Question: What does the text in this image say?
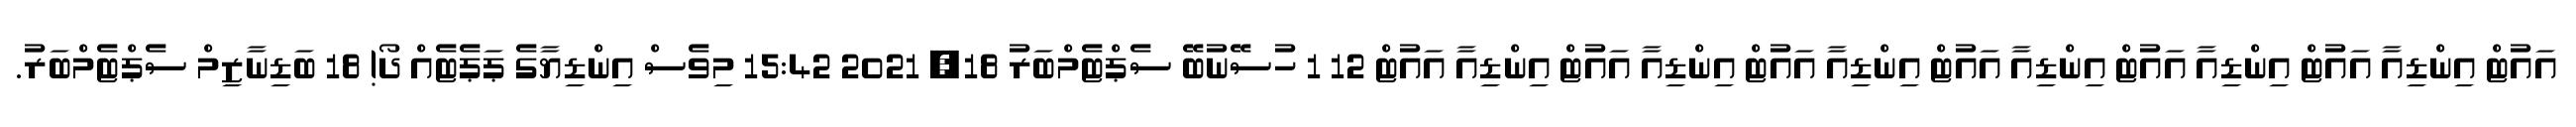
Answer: އައުޓް އިންޑިއާ އައުޓް އިންޑިއާ އައުޓް އިންޑިއާ އައުޓް އިންޑިއާ އައުޓް އިންޑިއާ އައުޓް އިންޑިއާ އައުޓް 12 1 ހުސޭނުބޭ ސެޕްޓެމްބަރު 18, 2021 15:42 މިވެސް އިންޑިޔާގެ ޕަޕެޓެއް ދޯ! 18 ބަޑިނާޒިމް ސެޕްޓެމްބަރު.